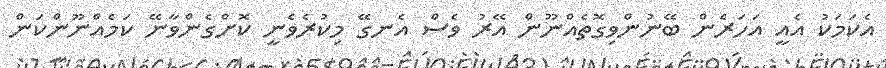
އެކަމަކު އެއީ އަހަރެން ބޭނުންވިގޮތެއްނޫން އޭރު ވެސް އެނގޭ މިކުރެވެނީ ކޮށްގެންވާނޭ ކަމެއްނޫންކަން